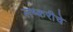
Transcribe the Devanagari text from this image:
लष्करीचे